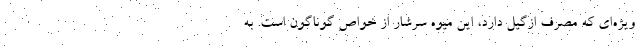
ویژه‌ای که مصرف ازگیل دارد، این میوه سرشار از خواص گوناگون است. به